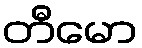
တီမော